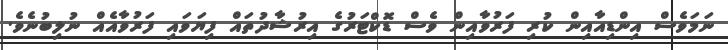
ނަމަވެސް އިންޑިއާއިން ކުރި ފަރުވާއިން ވެސް ޑޮކްޓަރުގެ އިރުޝާދުތައް ފިޔަވައި ފަރުވާއެއް ނުލިބުނެވެ.